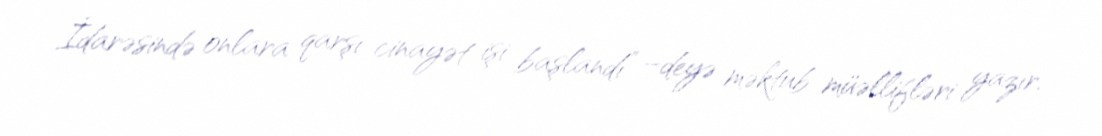
İdarəsində onlara qarşı cinayət işi başlandı” –deyə məktub müəllifləri yazır.